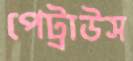
পেট্রাউস